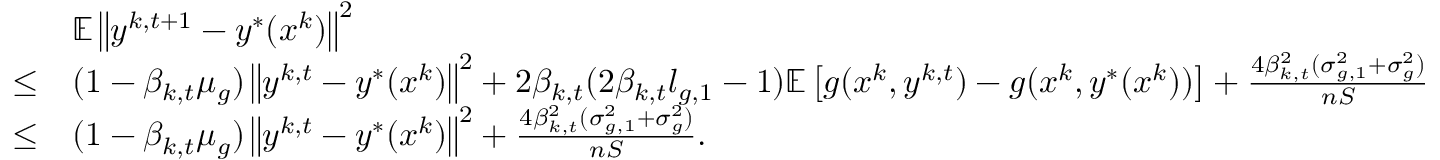
\begin{array} { r l } & { \mathbb { E } \left\| y ^ { k , t + 1 } - y ^ { * } ( x ^ { k } ) \right\| ^ { 2 } } \\ { \leq } & { ( 1 - \beta _ { k , t } \mu _ { g } ) \left\| y ^ { k , t } - y ^ { * } ( x ^ { k } ) \right\| ^ { 2 } + 2 \beta _ { k , t } ( 2 \beta _ { k , t } l _ { g , 1 } - 1 ) \mathbb { E } \left[ g ( x ^ { k } , y ^ { k , t } ) - g ( x ^ { k } , y ^ { * } ( x ^ { k } ) ) \right] + \frac { 4 \beta _ { k , t } ^ { 2 } ( \sigma _ { g , 1 } ^ { 2 } + \sigma _ { g } ^ { 2 } ) } { n S } } \\ { \leq } & { ( 1 - \beta _ { k , t } \mu _ { g } ) \left\| y ^ { k , t } - y ^ { * } ( x ^ { k } ) \right\| ^ { 2 } + \frac { 4 \beta _ { k , t } ^ { 2 } ( \sigma _ { g , 1 } ^ { 2 } + \sigma _ { g } ^ { 2 } ) } { n S } . } \end{array}